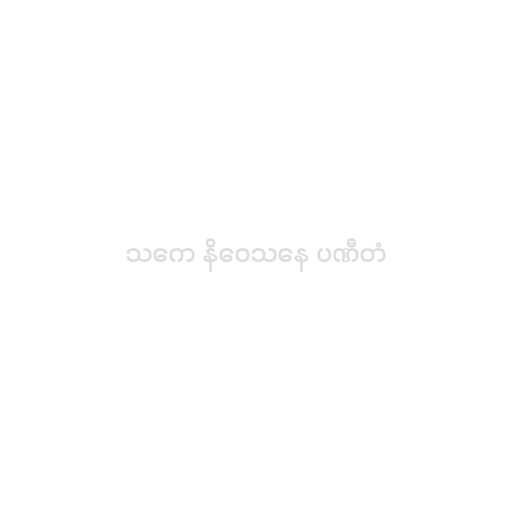
သကေ နိဝေသနေ ပဏီတံ